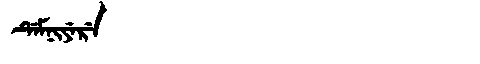
Manchu: ᡩᡝᠮᠨᡳᠶᡝᡵᡝ
Romanization: DEMNIYERE